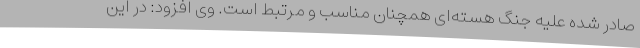
صادر شده علیه جنگ هسته‌ای همچنان مناسب و مرتبط است. وی افزود: در این